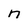
Character: n